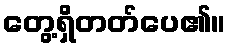
တွေ့ရှိတတ်ပေ၏။